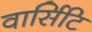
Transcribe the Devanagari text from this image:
वार्सिटि